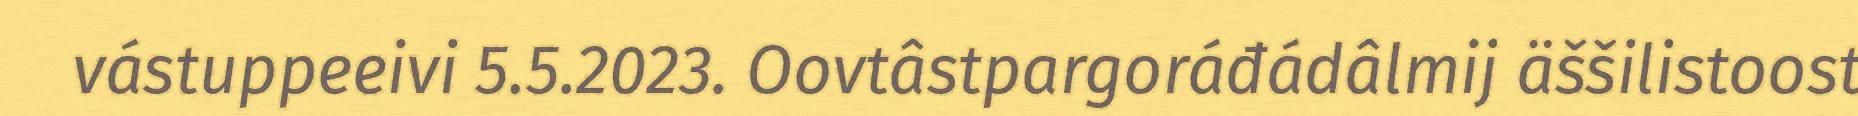
vástuppeeivi 5.5.2023. Oovtâstpargoráđádâlmij äššilistoost